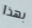
بهذا